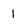
Character: 1